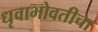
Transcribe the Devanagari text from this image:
धृवाभोवतीचा